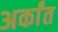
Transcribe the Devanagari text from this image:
अर्कांत